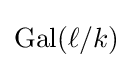
\operatorname {Gal} (\ell /k)